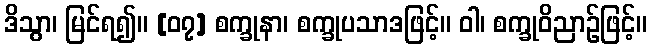
ဒိသွာ၊ မြင်ရ၍။ [၀၇] စက္ခုနာ၊ စက္ခုပသာဒဖြင့်။ ဝါ၊ စက္ခုဝိညာဉ်ဖြင့်။